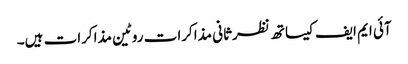
آئی ایم ایف کیساتھ نظرثانی مذاکرات روٹین مذاکرات ہیں۔